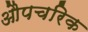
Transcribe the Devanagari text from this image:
औपचरिक